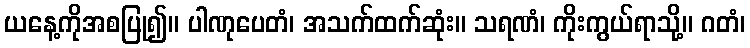
ယနေ့ကိုအစပြု၍။ ပါဏုပေတံ၊ အသက်ထက်ဆုံး။ သရဏံ၊ ကိုးကွယ်ရာသို့။ ဂတံ၊